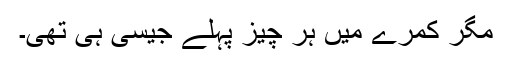
مگر کمرے میں ہر چیز پہلے جیسی ہی تھی۔